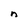
Character: n